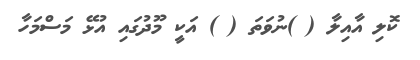
ކޮލި އާއިލާ ( )ނުވަތަ ( ) އަކީ މޫދުގައި އުޅޭ މަސްމަހާ